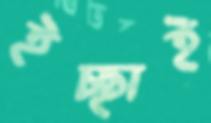
ইচ্ছাই